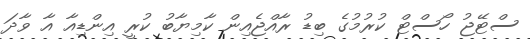
ސްޓޭޖު ހޯސްޓް ކުރުމުގެ ބިޑު ރާއްޖެއިން ކާމިޔާބު ކުރީ އިންޑިއާ އާ ވާދަ